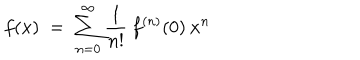
f ( x ) \; = \; \sum _ { n = 0 } ^ { \infty } \frac { 1 } { n ! } \: f ^ { ( n ) } ( 0 ) \: x ^ { n }